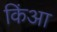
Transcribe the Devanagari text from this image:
किंआ